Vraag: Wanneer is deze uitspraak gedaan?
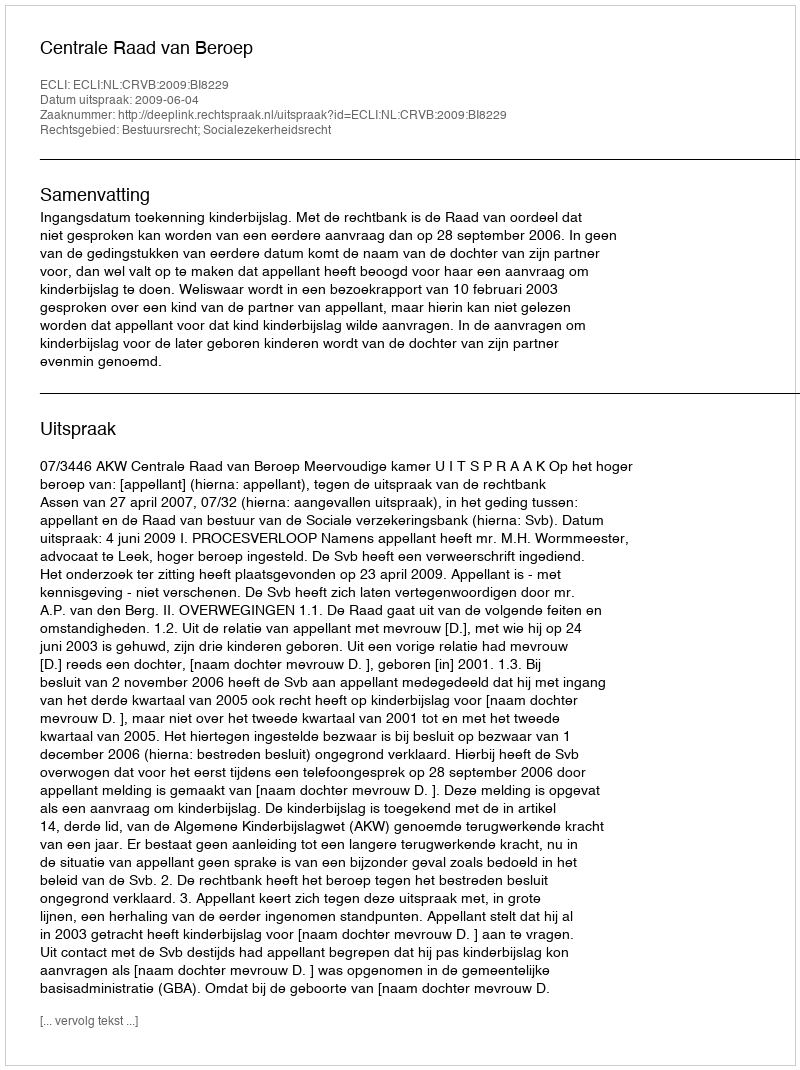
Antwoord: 2009-06-04